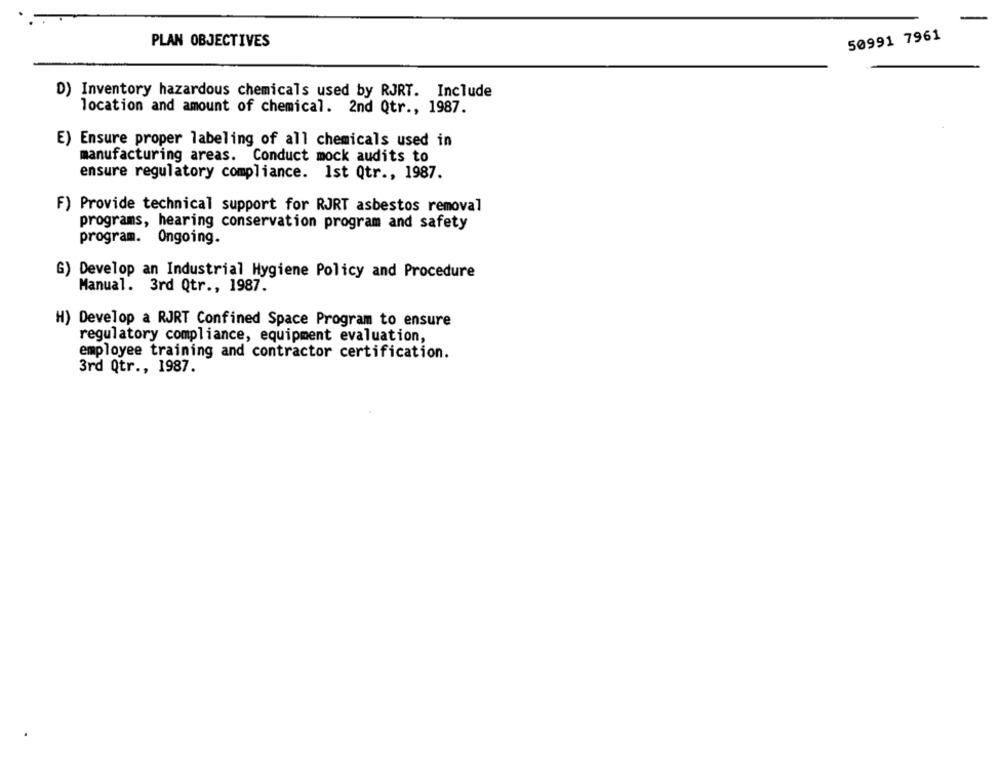
-
50991 7961
PLAN OBJECTIVES
D) Inventory hazardous chemicals used by RJRT. Include
location and amount of chemical. 2nd Qtr ., 1987.
E) Ensure proper labeling of all chemicals used in
manufacturing areas. Conduct mock audits to
ensure regulatory compliance. Ist Qtr ., 1987.
F) Provide technical support for RJRT asbestos removal
programs, hearing conservation program and safety
program. Ongoing.
G) Develop an Industrial Hygiene Policy and Procedure
Manual. 3rd Qtr ., 1987.
H) Develop a RJRT Confined Space Program to ensure
regulatory compliance, equipment evaluation,
employee training and contractor certification.
3rd Qtr ., 1987.